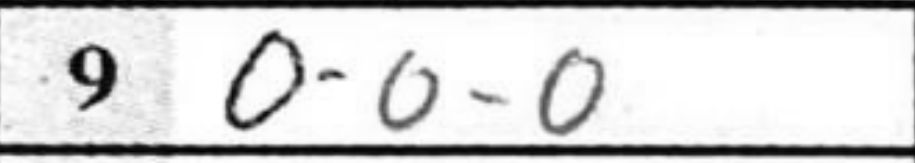
Transcription: O-O-O